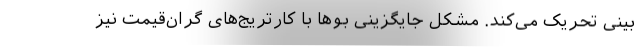
بینی تحریک می‌کند. مشکل جایگزینی بوها با کارتریج‌های گران‌قیمت نیز‌